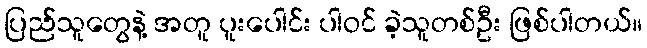
ပြည်သူတွေနဲ့ အတူ ပူးပေါင်း ပါဝင် ခဲ့သူတစ်ဦး ဖြစ်ပါတယ်။